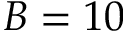
B = 1 0